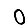
Digit: 0